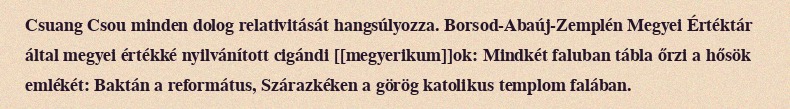
Csuang Csou minden dolog relativitását hangsúlyozza. Borsod-Abaúj-Zemplén Megyei Értéktár által megyei értékké nyilvánított cigándi [[megyerikum]]ok: Mindkét faluban tábla őrzi a hősök emlékét: Baktán a református, Szárazkéken a görög katolikus templom falában.